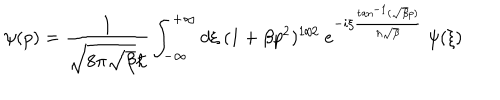
\psi ( p ) = \frac { 1 } { \sqrt { 8 \pi \sqrt { \beta } } \hbar } \int _ { - \infty } ^ { + \infty } d { \xi } { \mathrm { ~ } } ( 1 + \beta p ^ { 2 } ) ^ { 1 / 2 } { \mathrm { ~ } } e ^ { - i { \xi } \frac { \tan ^ { - 1 } ( \sqrt { \beta } p ) } { \hbar \sqrt { \beta } } } { \mathrm { ~ } } \psi ( { \xi } )